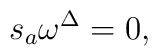
s_{a}\omega ^{\Delta }=0,